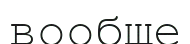
вообще